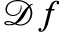
\mathcal { D } f